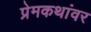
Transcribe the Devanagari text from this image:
प्रेमकथांवर